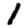
Digit: 1